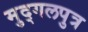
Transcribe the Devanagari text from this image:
मुद्गलपुत्र